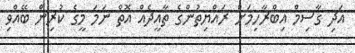
އަދި ގާސިމް އިބްރާހިމަށް ރައްޔިތުންގެ ތާއީދެއް އޮތް ނަމަ މީގެ ކުރިން ބޭއްވި